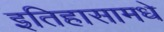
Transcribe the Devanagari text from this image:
इतिहासामधे